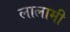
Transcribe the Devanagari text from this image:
लालामी